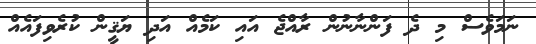
ނަމަވެސް މި ދެ ފަންނާނުން ރާއްޖެ އައި ކަމެއް އަދި ޔަޤީން ކުރެވިފައެއް